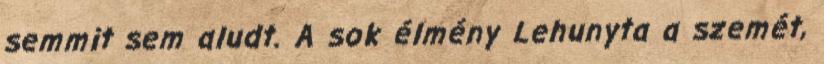
semmit sem aludt. A sok élmény Lehunyta a szemét,